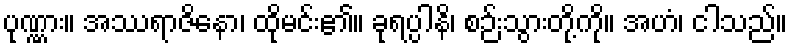
ပုဏ္ဏား။ အဿရာဇိနော၊ ထိုမင်း၏။ ခုရပ္ပါနိ၊ စဉ်းသွားတို့ကို။ အဟံ၊ ငါသည်။